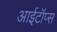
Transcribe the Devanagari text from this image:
आईटॉप्स